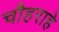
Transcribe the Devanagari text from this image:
चौहराहे